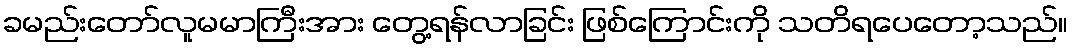
ခမည်းတော်လူမမာကြီးအား တွေ့ရန်လာခြင်း ဖြစ်ကြောင်းကို သတိရပေတော့သည်။